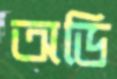
অডি